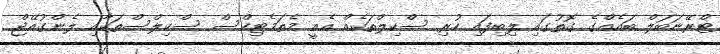
ޓްރޭނަބަލް ބައެއްގެ ގޮތުގައި ލިބިފައި ހުރި ސްކިލްތަކެއް އެއީ މެތަމެޓިކްސް ސްކިލްސްތަކާއި ލެންގުއޭޖް